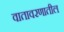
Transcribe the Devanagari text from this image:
वातावरणातील